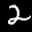
Label: 2